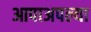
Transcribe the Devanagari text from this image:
आपाअपल्या